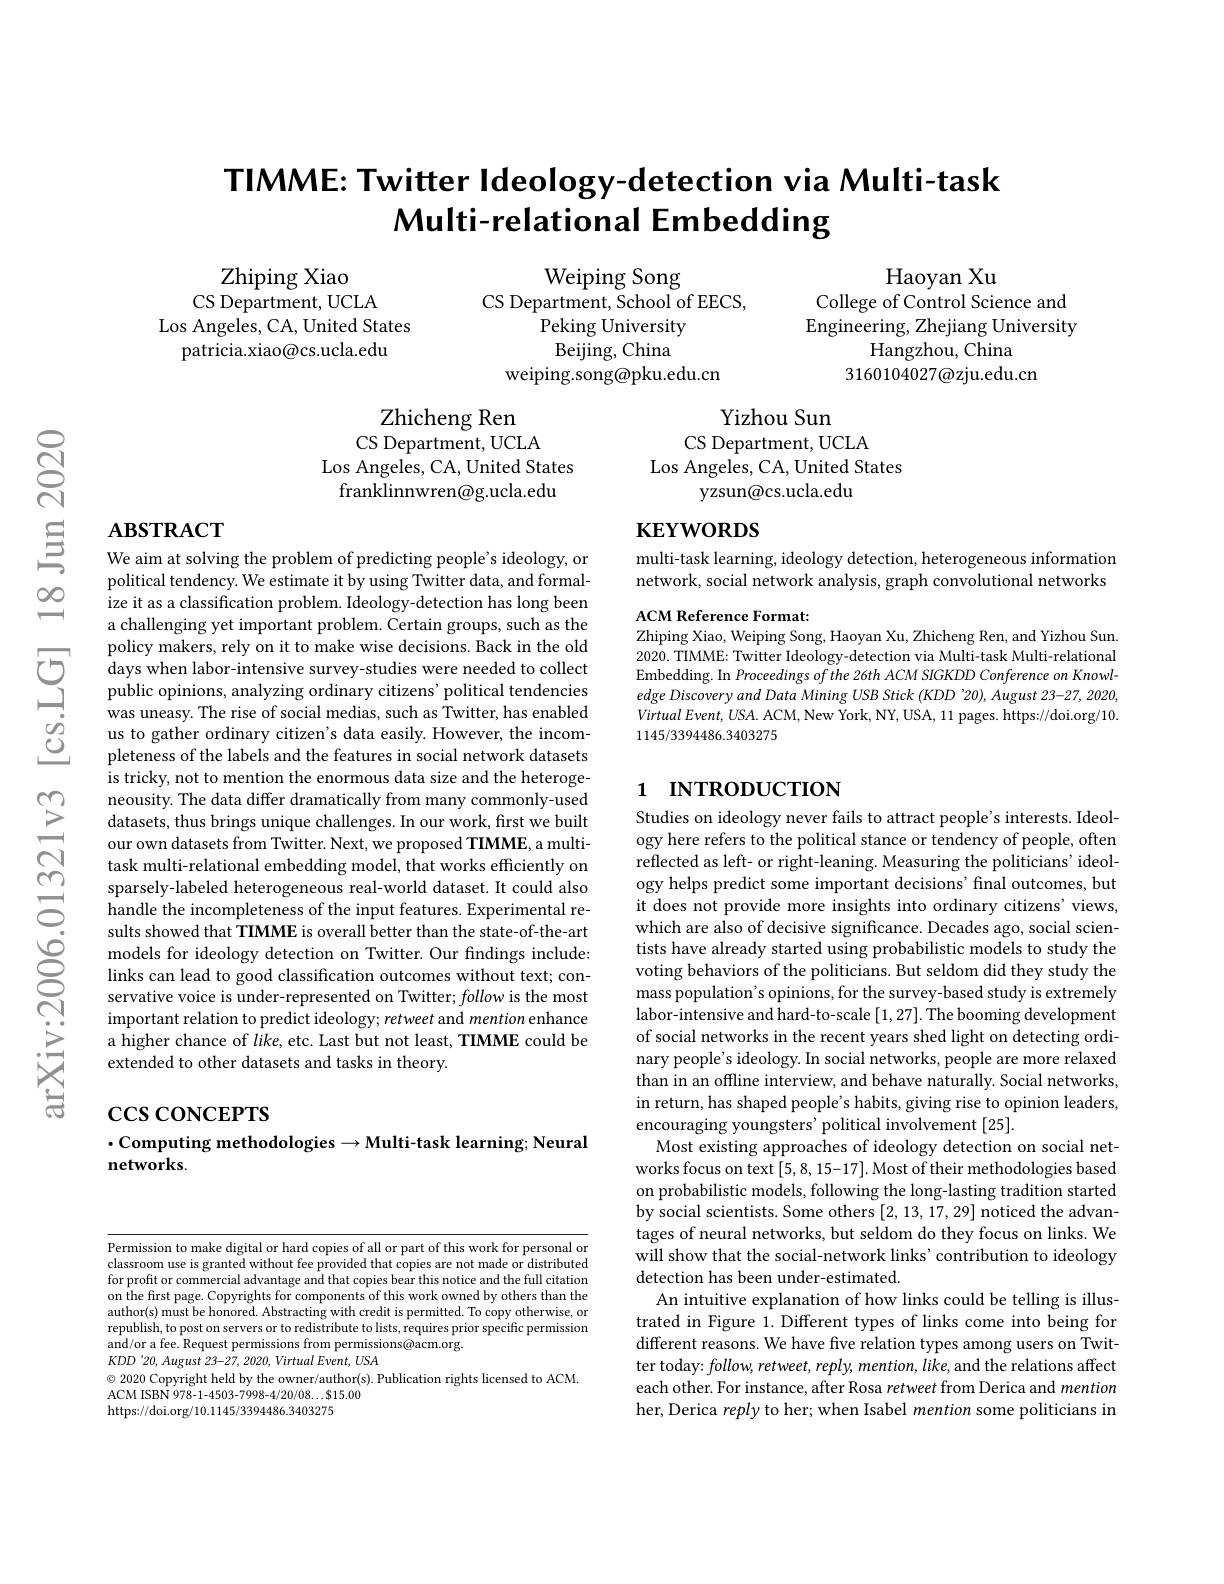
# TIMME: Twitter Ideology-detection via Multi-task Multi-relational Embedding

Haoyan Xu
College of Control Science and

Zhiping Xiao
CS Department, UCLA
Los Angeles, CA, United States
patricia.xiao@cs.ucla.edu

Weiping Song
CS Department, School of EECS,
Peking University Beijing, China
weiping.song@pku.edu.cn

Engineering, Zhejiang University
Hangzhou, China
$3160104027\textcircled{a}$zju.edu.cn

Yizhou Sun
CS Department, UCLA
Los Angeles, CA, United States
yzsun@cs.ucla.edu

Zhicheng Ren
CS Department, UCLA
Los Angeles, CA, United States franklinnwren@g.ucla.edu

# $\mathbf{ABSTRACT}$

# $\mathbf{KEYWORDS}$

multi-task learning, ideology detection, heterogeneous information network, social network analysis, graph convolutional networks

ACM Reference Format:
Zhiping Xiao, Weiping Song, Haoyan Xu, Zhicheng Ren, and Yizhou Sun.

2020. TIMME: Twitter Ideology-detection via Multi-task Multi-relational Embedding. In Proceedings of the 26th ACM SIGKDD Conference on Knowledge Discovery and Data Mining USB Stick (KDD '20), August 23-27, 2020, $VirtualEvent,USA.$ ACM, New York, NY, USA, 11 pages. https://doi.org/10. 1145/3394486.3403275

## 1 INTRODUCTION

We aim at solving the problem of predicting people's ideology, or political tendency. We estimate it by using Twitter data, and formalize it as a classification problem. Ideology-detection has long been a challenging yet important problem. Certain groups, such as the policy makers, rely on it to make wise decisions. Back in the old
polı cy makers, rely on it to make wı se decı sı ons. Back ı n the old Gdays when labor- intensive survey- studies were needed to collect public opinions, analyzing ordinary citizens' political tendencies was uneasv. The rise of social medias, s
was uneasy. The rise of social medias, such as Twitter, has enabled us to gather ordinary citizen's data easily. However, the incompleteness of the labels and the features in social network datasets is tricky, not to mention the enormous data size and the heterogeneousity. The data differ dramatically from many commonly-used datasets, thus brings unique challenges. In our work, first we built our own datasets from Twitter. Next, we proposed TIMME, a multitask multi-relational embedding model, that works efficiently on
sults showed that TIMME is overall better than the state-of-the-art models for ideology detection on Twitter. Our findings include: links can lead to good classification outcomes without text; conservative voice is under-represented on Twitter; follow is the most important relation to predict ideology; retweet and mention enhance a higher chance of like, etc. Last but not least, TIMME could be extended to other datasets and tasks in theory.

Studies on ideology never fails to attract people's interests. Ideology here refers to the political stance or tendency of people, often reflected as left- or right-leaning. Measuring the politicians' ideology helps predict some important decisions' final outcomes, but it does not provide more insights into ordinary citizens' views, which are also of decisive significance. Decades ago, social scientists have already started using probabilistic models to study the voting behaviors of the politicians. But seldom did they study the mass population's opinions, for the survey-based study is extremely labor-intensive and hard-to-scale [1,27]. The booming development of social networks in the recent years shed light on detecting ordinary people's ideology. In social networks, people are more relaxed than in an offline interview, and behave naturally. Social networks, in return, has shaped people's habits, giving rise to opinion leaders, encouraging youngsters' political involvement [25].
Most existing approaches of ideology detection on social networks focus on text [5, 8, 15-17]. Most of their methodologies based on probabilistic models, following the long-lasting tradition started by social scientists. Some others [2,13,17,29] noticed the advantages of neural networks, but seldom do they focus on links. We will show that the social-network links'contribution to ideology detection has been under-estimated.
An intuitive explanation of how links could be telling is illustrated in Figure 1. Different types of links come into being for different reasons. We have five relation types among users on Twitter today: $follow,retweet,reply,mention,like$, and the relations affect each other. For instance, after Rosa retweet from Derica and mention her, Derica reply to her; when Isabel mention some politicians in

# $\csc\csc$coNCEPTS $\cdot$Computing methodologies$\to$Multi-task learning; Neural networks

Permission to make digital or hard copies of all or part of this work for personal or classroom use is granted without fee provided that copies are not made or distributed for profit or commercial advantage and that copies bear this notice and the full citation on the first page. Copyrights for components of this work owned by others than the author(s) must be honored. Abstracting with credit is permitted. To copy otherwise, or republish, to post on servers or to redistribute to lists, requires prior specific permission and/or a fee. Request permissions from permissions@acm.org.
$KDD'20,August~23-27,~2020,~Virtual~Event,~USA$
$\odot$ 2020 Copyright held by the owner/author(s). Publication rights licensed to ACM.
ACM ISBN 978- 1- 4503- 7998- 4/ 20/ 08$\ldots \$$15. 00
https://doi.org/10.1145/3394486.3403275